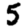
Digit: 5